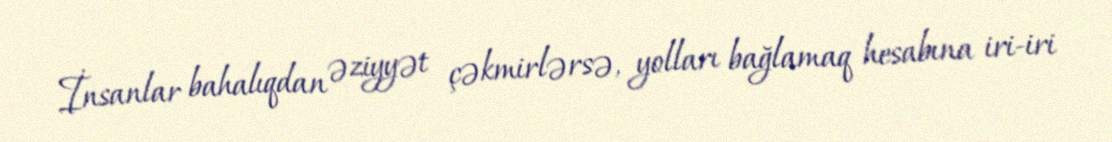
İnsanlar bahalıqdan əziyyət çəkmirlərsə, yolları bağlamaq hesabına iri-iri